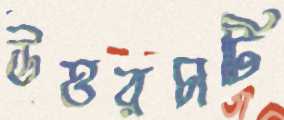
উত্তরচাটি